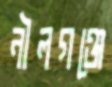
নীলগঞ্জে